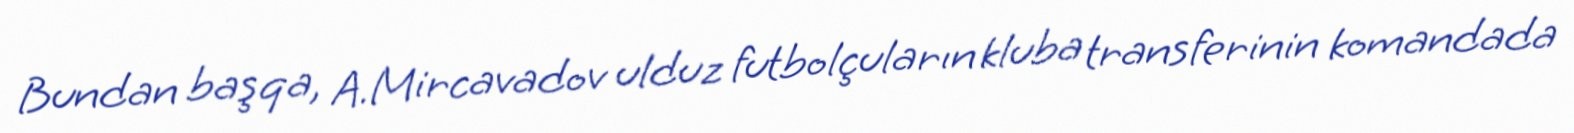
Bundan başqa, A.Mircavadov ulduz futbolçuların kluba transferinin komandada